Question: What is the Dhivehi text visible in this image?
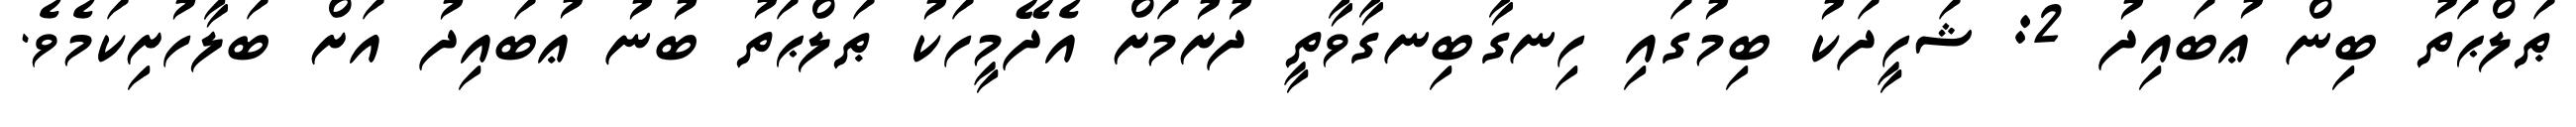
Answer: ޠަލްޙަތު ބިން ޢުބައިދު 2: ޝަހީދަކު ބިމުގައި ހިނގާބިނގާވާތީ ދުށުމަށް އެދޭމީހަކު ޠަލްޙަތު ބުނު ޢުބައިދު އަށް ބަލާހުށިކަމެވެ.